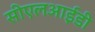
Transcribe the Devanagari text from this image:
सीएलआईडी